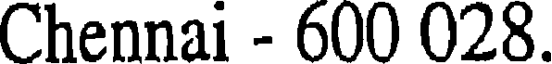
Chennai - 600 028.